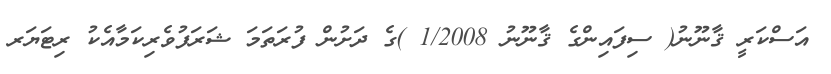
އަސްކަރީ ޤާނޫނު( ސިފައިންގެ ޤާނޫނު 1/2008 )ގެ ދަށުން ފުރަތަމަ ޝަރަފުވެރިކަމާއެކު ރިޓަޔަރ